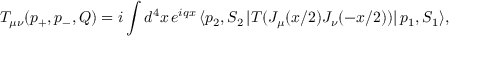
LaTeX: T _ { \mu \nu } ( p _ { + } , p _ { - } , Q ) = i \int d ^ { 4 } x \, e ^ { i q x } \, \langle p _ { 2 } , S _ { 2 } \, | T ( J _ { \mu } ( x / 2 ) J _ { \nu } ( - x / 2 ) ) | \, p _ { 1 } , S _ { 1 } \rangle ,